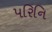
પરિનિ